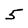
Character: 5